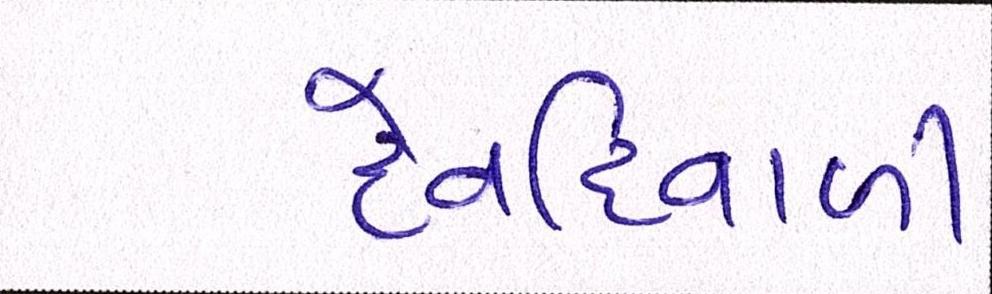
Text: દેવદિવાળી